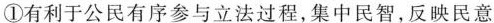
①有利于公民有序参与立法过程，集中民智，反映民意